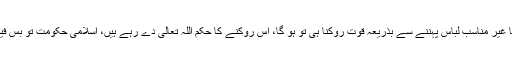
ایسی صورت میں یہ گھر تک محدود کرنا غیر مناسب لباس پہننے سے بذریعہ قوت روکنا ہی تو ہو گا، اس روکنے کا حکم اللہ تعالیٰ دے رہے ہیں، اسلامی حکومت تو بس فیصلے پر عمل درآمد کرانے کی پابند ہے۔